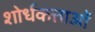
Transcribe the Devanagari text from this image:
शोर्धकत्ताओं